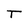
Character: T